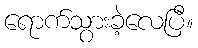
ရောက်သွားခဲ့လေပြီ။